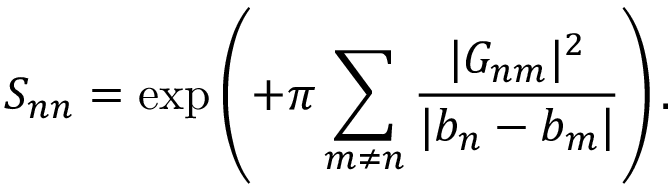
S _ { n n } = \exp \left( + \pi \sum _ { m \neq n } \frac { | { \cal G } _ { n m } | ^ { 2 } } { | b _ { n } - b _ { m } | } \right) .